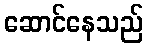
ဆောင်နေသည်